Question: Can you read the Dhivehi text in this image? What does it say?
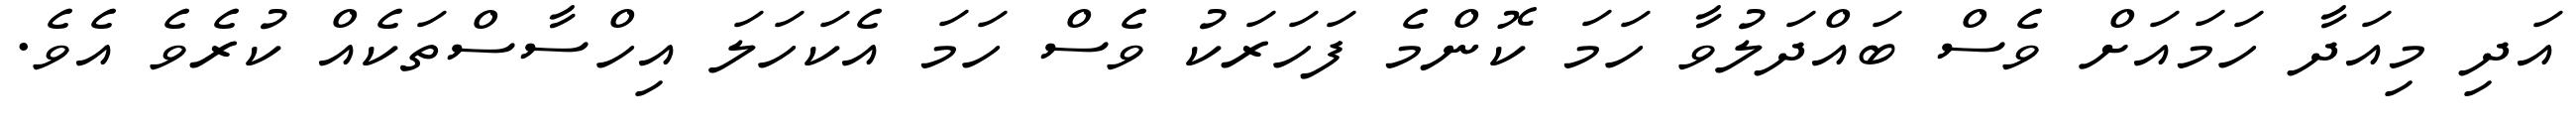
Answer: އަދި މިއަދާ ހަމައަށް ވެސް ބައްދަލުވާ ހަމަ ކޮންމެ ފަހަރަކު ވެސް ހަމަ އެކަހަލަ އިހްސާސްތަކެއް ކުރެވެ އެވެ.